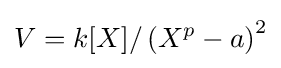
V=k[X]/\left(X^{p}-a\right)^{2}